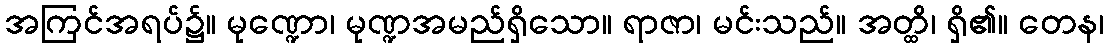
အကြင်အရပ်၌။ မုဏ္ဍော၊ မုဏ္ဍအမည်ရှိသော။ ရာဇာ၊ မင်းသည်။ အတ္ထိ၊ ရှိ၏။ တေန၊